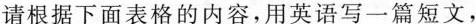
B